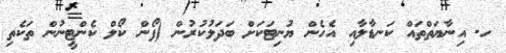
ހ. އިނާޔަތްތައް ކަނޑާލާއި އެހެން ޔުނިޓަކަށް ބަދަލުކުރުން (ފޯން ކޯލް ކެންޓީނުން ތަކެތި